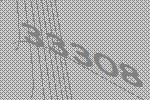
33308